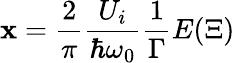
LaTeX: \mathbf{x}=\frac{{2}}{{\pi}}\frac{{U_{i}}}{{\hbar\omega_{0}}}\frac{{1}}{{\Gamma}}E(\Xi)